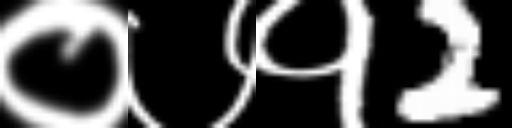
Text: ०७१2